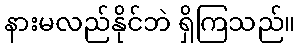
နားမလည်နိုင်ဘဲ ရှိကြသည်။